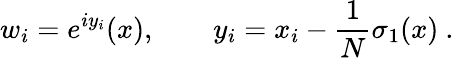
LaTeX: w_{i}=e^{iy_{i}}(x),\qquad y_{i}=x_{i}-\frac 1N\sigma_{1}(x)\ .